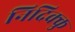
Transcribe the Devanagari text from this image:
निदिक्कु